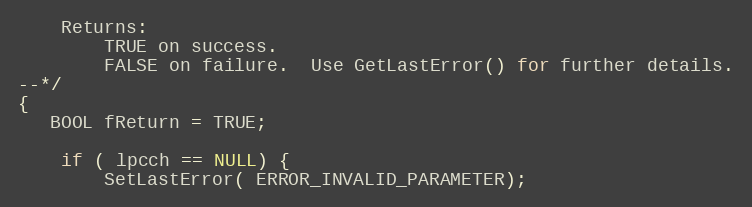
Language: C++
    Returns:
        TRUE on success.
        FALSE on failure.  Use GetLastError() for further details.
--*/
{
   BOOL fReturn = TRUE;

    if ( lpcch == NULL) {
        SetLastError( ERROR_INVALID_PARAMETER);